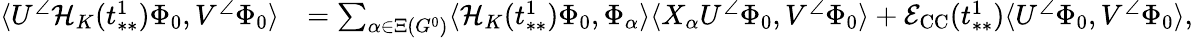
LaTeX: \begin{array}{rl}{\langle U^{\angle}\mathcal{H}_{K}(t_{**}^{1})\Phi_{0},V^{\angle}\Phi_{0}\rangle}&{=\sum_{\alpha\in\Xi(G^{0})}\langle\mathcal{H}_{K}(t_{**}^{1})\Phi_{0},\Phi_{\alpha}\rangle\langle X_{\alpha}U^{\angle}\Phi_{0},V^{\angle}\Phi_{0}\rangle+\mathcal{E}_{\mathrm{CC}}(t_{**}^{1})\langle U^{\angle}\Phi_{0},V^{\angle}\Phi_{0}\rangle,}\end{array}